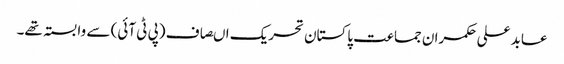
عابد علی حکمران جماعت پاکستان تحریک اںصاف (پی ٹی آئی) سے وابستہ تھے۔